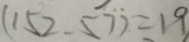
( 1 5 2 . 5 7 ) = 1 9